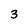
Character: 3